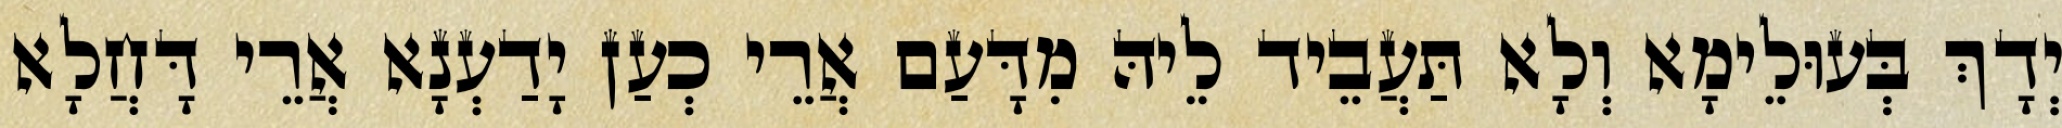
יְדָךְ בְּעוּלֵימָא וְלָא תַּעֲבֵיד לֵיהּ מִדָּעַם אֲרֵי כְעַן יָדַעְנָא אֲרֵי דָּחֲלָא